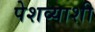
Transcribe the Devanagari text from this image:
पेशव्याशी